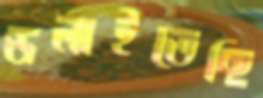
ডলাইতেছি